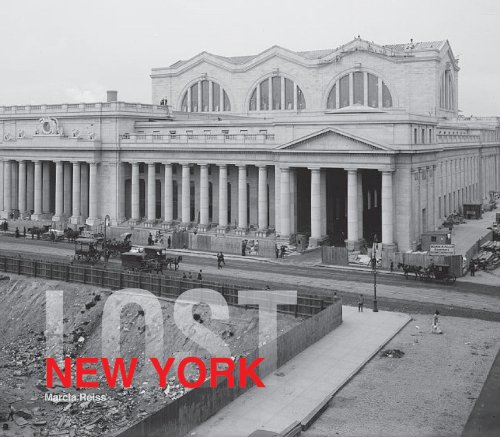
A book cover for Lost New York; Marcia Reiss; Arts & Photography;